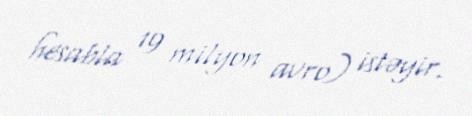
hesabla 19 milyon avro) istəyir.